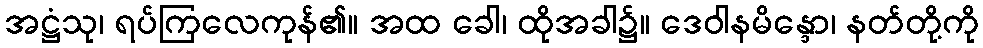
အဋ္ဌံသု၊ ရပ်ကြလေကုန်၏။ အထ ခေါ၊ ထိုအခါ၌။ ဒေဝါနမိန္ဒော၊ နတ်တို့ကို